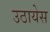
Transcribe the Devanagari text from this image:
उठायेस